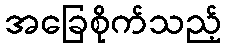
အခြေစိုက်သည့်